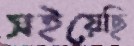
সইয়েছি